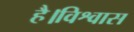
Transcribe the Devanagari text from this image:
है।विश्वास